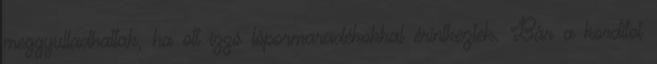
meggyulladhattak, ha ott izzó lőpormaradékokkal érintkeztek. Bár a korditot